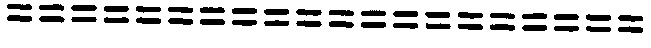
====================